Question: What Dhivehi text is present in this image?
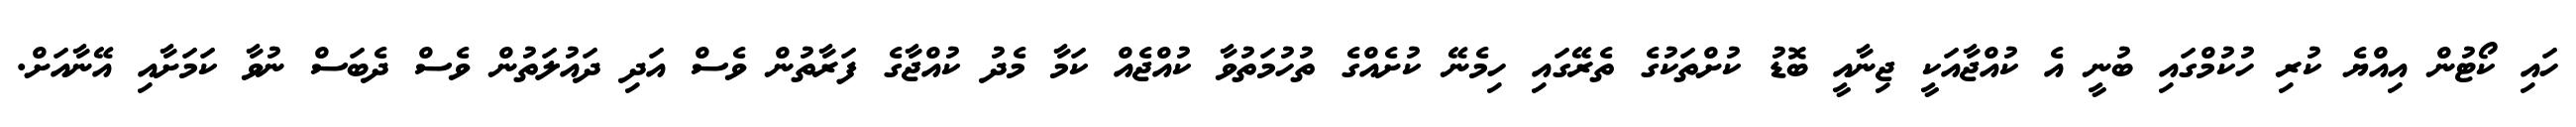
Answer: ހައި ކޯޓުން އިއްޔެ ކުރި ހުކުމްގައި ބުނީ އެ ކުއްޖާއަކީ ޖިނާއީ ބޮޑު ކުށްތަކުގެ ތެރޭގައި ހިމެނޭ ކުށެއްގެ ތުހުމަތުވާ ކުއްޖެއް ކަމާ މެދު ކުއްޖާގެ ފަރާތުން ވެސް އަދި ދައުލަތުން ވެސް ދެބަސް ނުވާ ކަމަށާއި އޭނާއަށް.